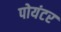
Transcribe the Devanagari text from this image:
पोयंटर